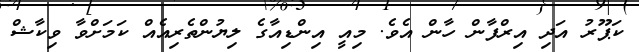
ކަޕޫރު އަދި އިރްފާން ހާން އެވެ. މިއީ އިންޑިއާގެ ލިޔުންތެރިއެއް ކަމަށްވާ ވިކާޝް